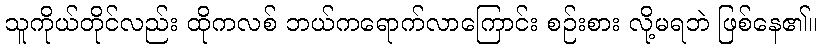
သူကိုယ်တိုင်လည်း ထိုကလစ် ဘယ်ကရောက်လာကြောင်း စဉ်းစား လို့မရဘဲ ဖြစ်နေ၏။